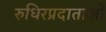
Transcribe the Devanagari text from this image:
रुधिरप्रदाताओं